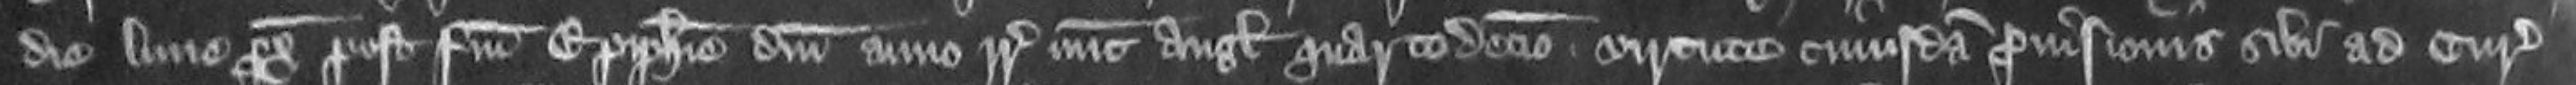
die Lune proximo post Festum Epiphanie domini anno regni regis nunc Anglie quartodecimo virtute cuiusdam provisionis sibi ad Curiam